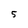
Character: 5